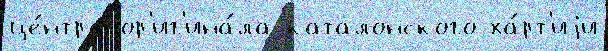
це́нтра ор'иг'ина́ла каталонского ха́рт'иjи